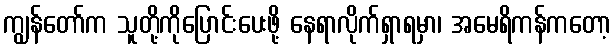
ကျွန်တော်က သူတို့ကိုပြောင်းပေးဖို့ နေရာလိုက်ရှာရမှာ၊ အမေရိကန်ကတော့